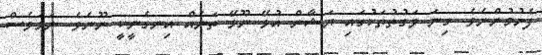
ފެށުމުންނެވެ. ގިނަ ވަގުތުތަކުގައި ޔަޝާން އުޅޭ ނޫޅޭ ތަނެއް އިނގެނީކީ ނޫނެވެ. ނަމަވެސް